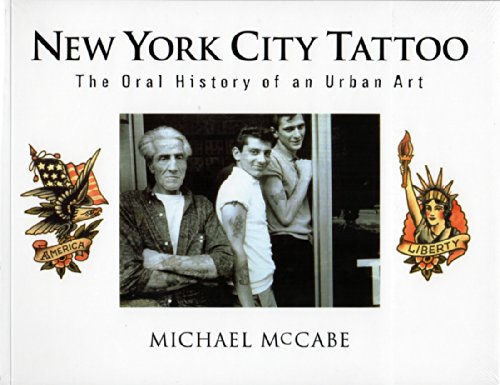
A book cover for New York City Tattoo: The Oral History of an Urban Art; Michael McCabe; Arts & Photography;